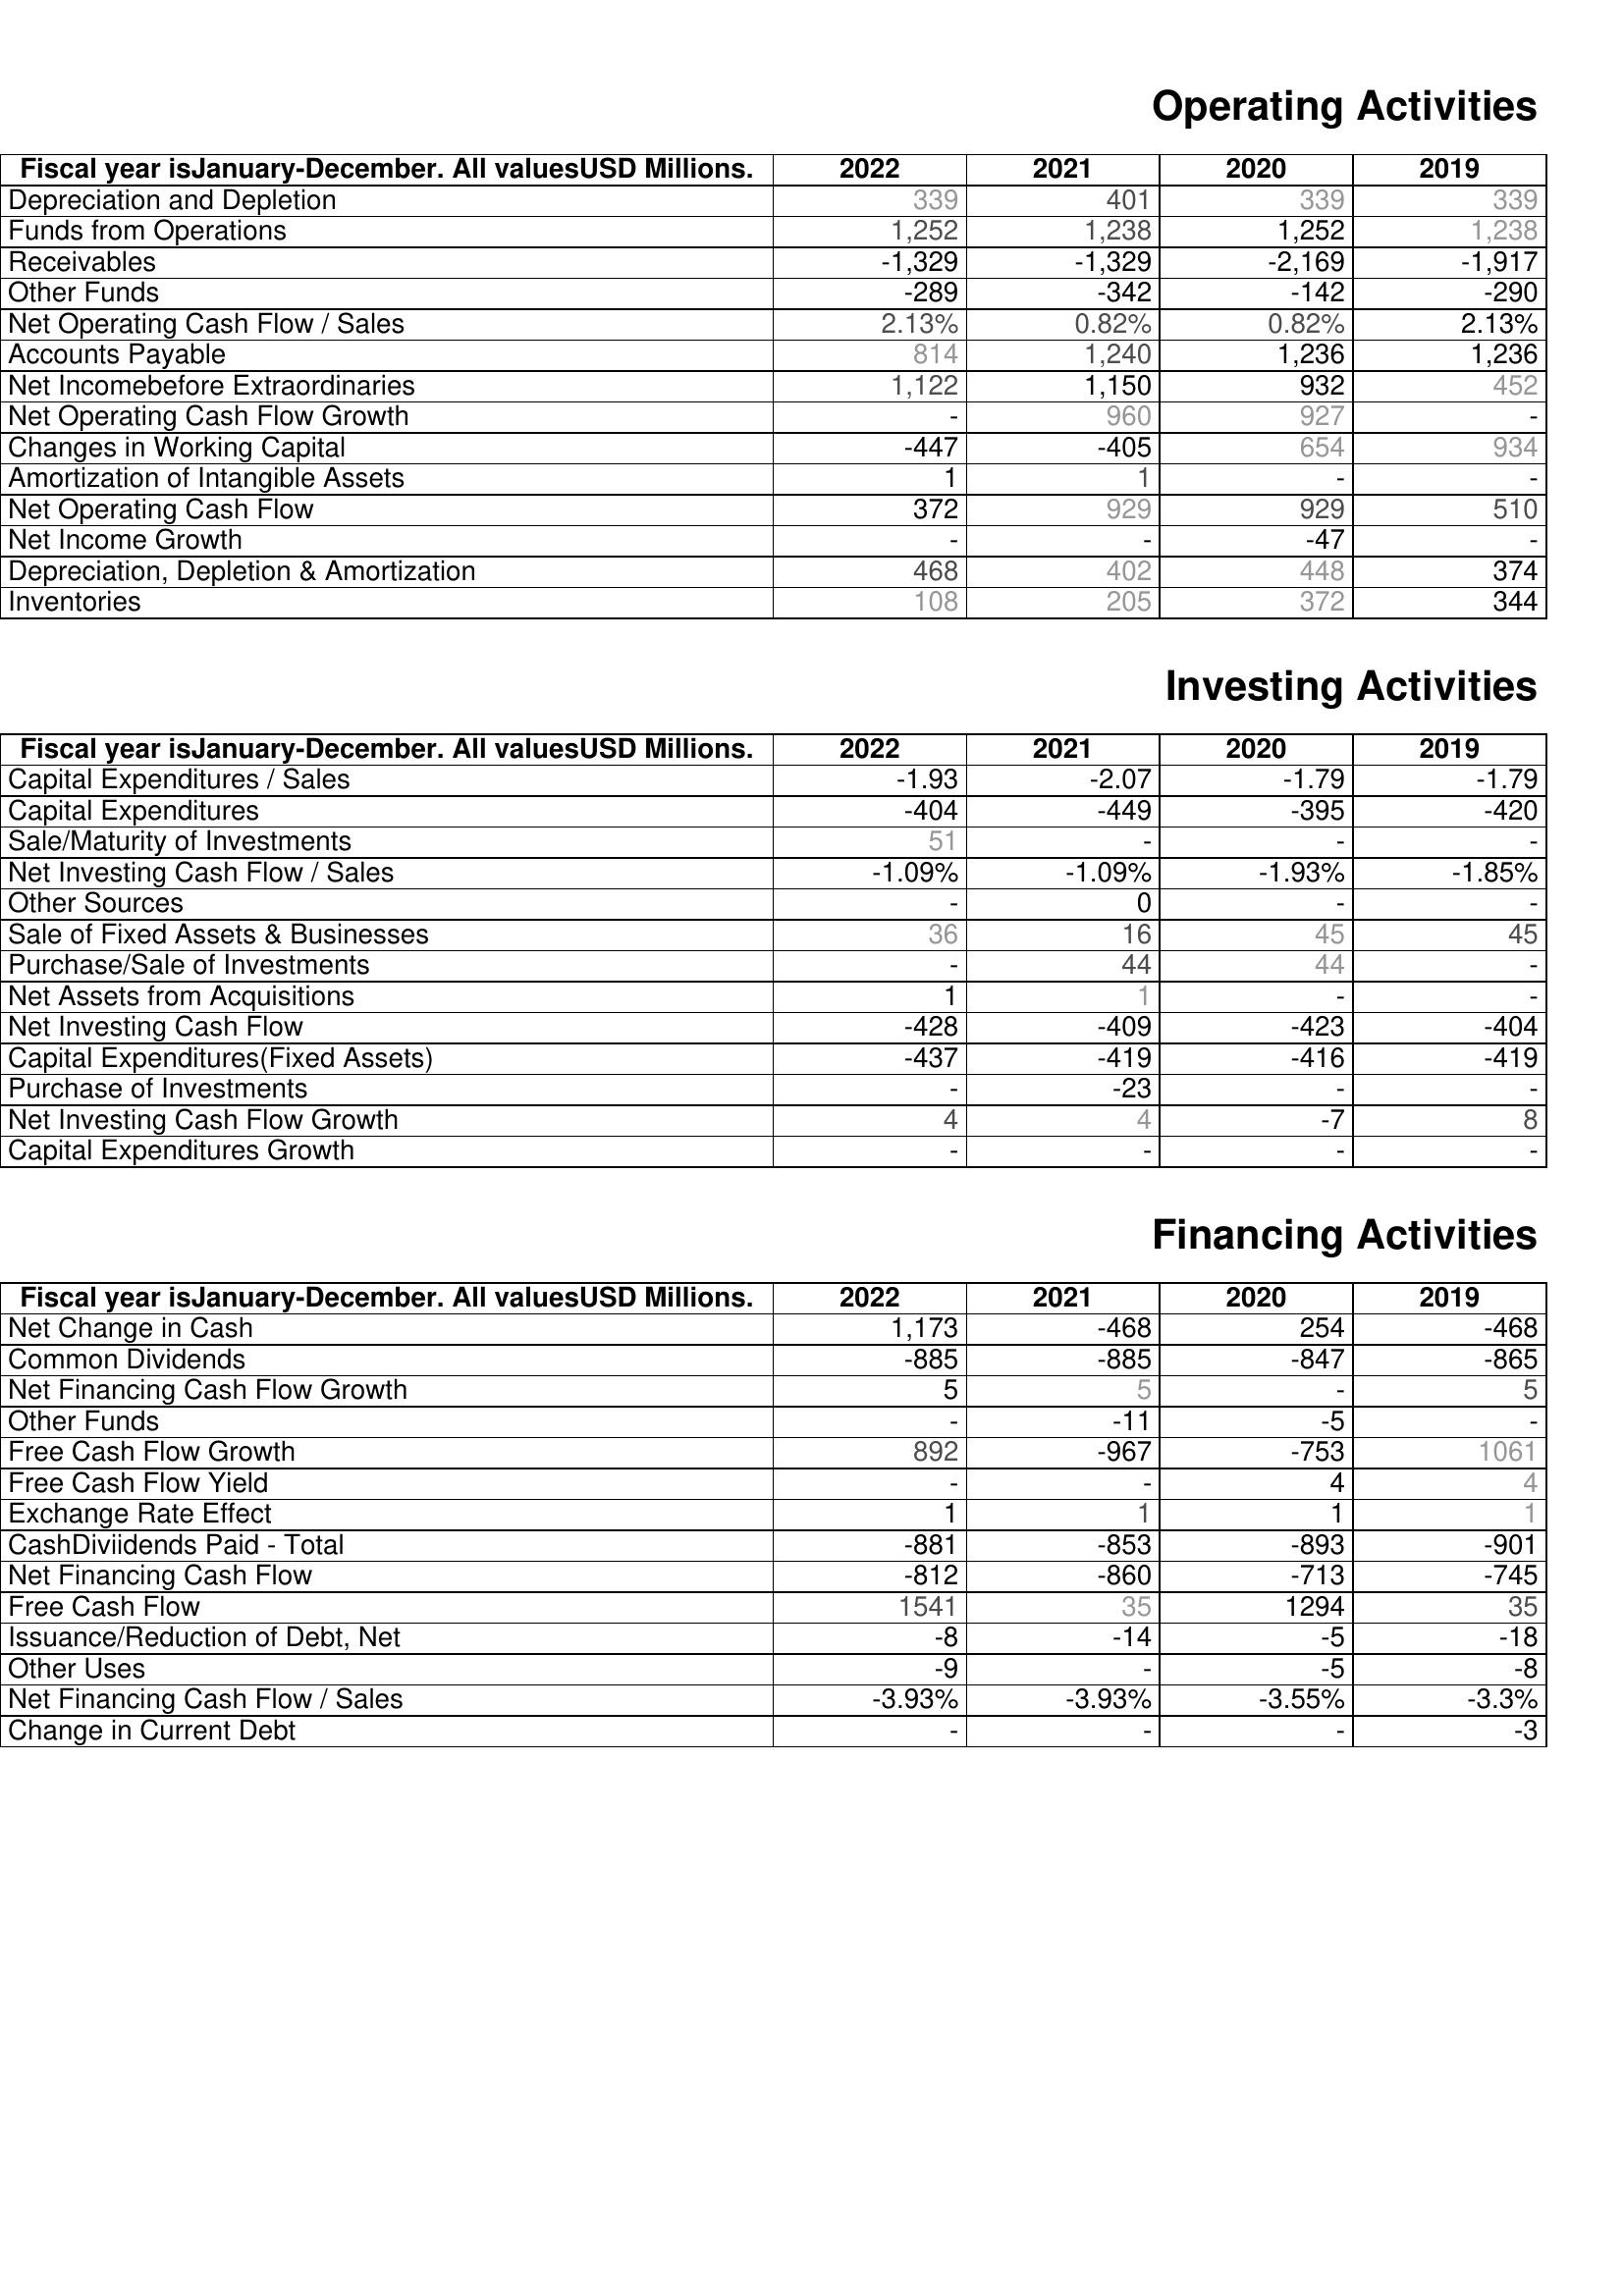
2022: Operating Activities: Depreciation and Depletion: 339
Funds from Operations: 1,252
Receivables: -1,329
Other Funds: -289
Net Operating Cash Flow / Sales: 2.13%
Accounts Payable: 814
Net Incomebefore Extraordinaries: 1,122
Net Operating Cash Flow Growth: -
Changes in Working Capital: -447
Amortization of Intangible Assets: 1
Net Operating Cash Flow: 372
Net Income Growth: -
Depreciation, Depletion & Amortization: 468
Inventories: 108
Investing Activities: Capital Expenditures / Sales: -1.93
Capital Expenditures: -404
Sale/Maturity of Investments: 51
Net Investing Cash Flow / Sales: -1.09%
Other Sources: -
Sale of Fixed Assets & Businesses: 36
Purchase/Sale of Investments: -
Net Assets from Acquisitions: 1
Net Investing Cash Flow: -428
Capital Expenditures(Fixed Assets): -437
Purchase of Investments: -
Net Investing Cash Flow Growth: 4
Capital Expenditures Growth: -
Financing Activities: Net Change in Cash: 1,173
Common Dividends: -885
Net Financing Cash Flow Growth: 5
Other Funds: -
Free Cash Flow Growth: 892
Free Cash Flow Yield: -
Exchange Rate Effect: 1
CashDiviidends Paid - Total: -881
Net Financing Cash Flow: -812
Free Cash Flow: 1541
Issuance/Reduction of Debt, Net: -8
Other Uses: -9
Net Financing Cash Flow / Sales: -3.93%
Change in Current Debt: -
2021: Operating Activities: Depreciation and Depletion: 401
Funds from Operations: 1,238
Receivables: -1,329
Other Funds: -342
Net Operating Cash Flow / Sales: 0.82%
Accounts Payable: 1,240
Net Incomebefore Extraordinaries: 1,150
Net Operating Cash Flow Growth: 960
Changes in Working Capital: -405
Amortization of Intangible Assets: 1
Net Operating Cash Flow: 929
Net Income Growth: -
Depreciation, Depletion & Amortization: 402
Inventories: 205
Investing Activities: Capital Expenditures / Sales: -2.07
Capital Expenditures: -449
Sale/Maturity of Investments: -
Net Investing Cash Flow / Sales: -1.09%
Other Sources: 0
Sale of Fixed Assets & Businesses: 16
Purchase/Sale of Investments: 44
Net Assets from Acquisitions: 1
Net Investing Cash Flow: -409
Capital Expenditures(Fixed Assets): -419
Purchase of Investments: -23
Net Investing Cash Flow Growth: 4
Capital Expenditures Growth: -
Financing Activities: Net Change in Cash: -468
Common Dividends: -885
Net Financing Cash Flow Growth: 5
Other Funds: -11
Free Cash Flow Growth: -967
Free Cash Flow Yield: -
Exchange Rate Effect: 1
CashDiviidends Paid - Total: -853
Net Financing Cash Flow: -860
Free Cash Flow: 35
Issuance/Reduction of Debt, Net: -14
Other Uses: -
Net Financing Cash Flow / Sales: -3.93%
Change in Current Debt: -
2020: Operating Activities: Depreciation and Depletion: 339
Funds from Operations: 1,252
Receivables: -2,169
Other Funds: -142
Net Operating Cash Flow / Sales: 0.82%
Accounts Payable: 1,236
Net Incomebefore Extraordinaries: 932
Net Operating Cash Flow Growth: 927
Changes in Working Capital: 654
Amortization of Intangible Assets: -
Net Operating Cash Flow: 929
Net Income Growth: -47
Depreciation, Depletion & Amortization: 448
Inventories: 372
Investing Activities: Capital Expenditures / Sales: -1.79
Capital Expenditures: -395
Sale/Maturity of Investments: -
Net Investing Cash Flow / Sales: -1.93%
Other Sources: -
Sale of Fixed Assets & Businesses: 45
Purchase/Sale of Investments: 44
Net Assets from Acquisitions: -
Net Investing Cash Flow: -423
Capital Expenditures(Fixed Assets): -416
Purchase of Investments: -
Net Investing Cash Flow Growth: -7
Capital Expenditures Growth: -
Financing Activities: Net Change in Cash: 254
Common Dividends: -847
Net Financing Cash Flow Growth: -
Other Funds: -5
Free Cash Flow Growth: -753
Free Cash Flow Yield: 4
Exchange Rate Effect: 1
CashDiviidends Paid - Total: -893
Net Financing Cash Flow: -713
Free Cash Flow: 1294
Issuance/Reduction of Debt, Net: -5
Other Uses: -5
Net Financing Cash Flow / Sales: -3.55%
Change in Current Debt: -
2019: Operating Activities: Depreciation and Depletion: 339
Funds from Operations: 1,238
Receivables: -1,917
Other Funds: -290
Net Operating Cash Flow / Sales: 2.13%
Accounts Payable: 1,236
Net Incomebefore Extraordinaries: 452
Net Operating Cash Flow Growth: -
Changes in Working Capital: 934
Amortization of Intangible Assets: -
Net Operating Cash Flow: 510
Net Income Growth: -
Depreciation, Depletion & Amortization: 374
Inventories: 344
Investing Activities: Capital Expenditures / Sales: -1.79
Capital Expenditures: -420
Sale/Maturity of Investments: -
Net Investing Cash Flow / Sales: -1.85%
Other Sources: -
Sale of Fixed Assets & Businesses: 45
Purchase/Sale of Investments: -
Net Assets from Acquisitions: -
Net Investing Cash Flow: -404
Capital Expenditures(Fixed Assets): -419
Purchase of Investments: -
Net Investing Cash Flow Growth: 8
Capital Expenditures Growth: -
Financing Activities: Net Change in Cash: -468
Common Dividends: -865
Net Financing Cash Flow Growth: 5
Other Funds: -
Free Cash Flow Growth: 1061
Free Cash Flow Yield: 4
Exchange Rate Effect: 1
CashDiviidends Paid - Total: -901
Net Financing Cash Flow: -745
Free Cash Flow: 35
Issuance/Reduction of Debt, Net: -18
Other Uses: -8
Net Financing Cash Flow / Sales: -3.3%
Change in Current Debt: -3